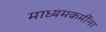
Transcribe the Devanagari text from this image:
माध्यमकर्मीना